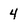
Character: 4